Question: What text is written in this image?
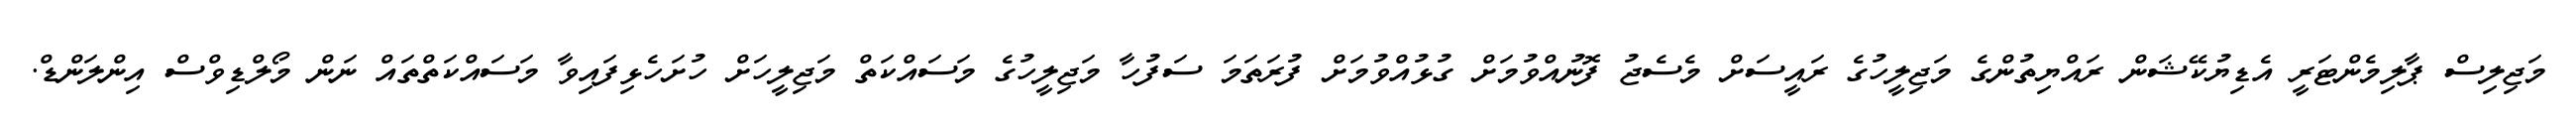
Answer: މަޖިލިސް ޕާލިމެންޓަރީ އެޑިޔުކޭޝަން ރައްޔިތުންގެ މަޖިލީހުގެ ރައީސަށް މެސެޖު ފޮނުއްވުމަށް ގުޅުއްވުމަށް ފުރަތަމަ ސަފުހާ މަޖިލީހުގެ މަސައްކަތް މަޖިލީހަށް ހުށަހެޅިފައިވާ މަސައްކަތްތައް ނަން މޯލްޑިވްސް އިންލަންޑް.